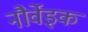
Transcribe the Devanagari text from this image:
नौर्वेइक